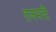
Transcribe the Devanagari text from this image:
तलमदी